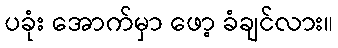
ပခုံး အောက်မှာ ဖော့ ခံချင်လား။